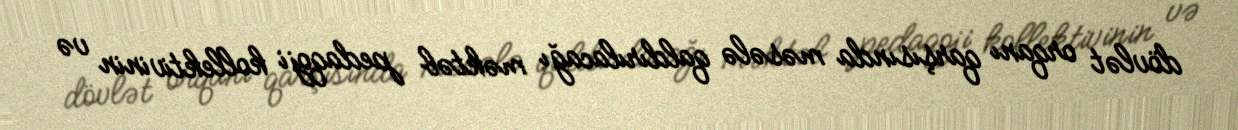
dövlət orqanı qarşısında məsələ qaldırılacağı məktəb pedaqoji kollektivinin və